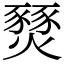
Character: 燹